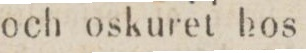
och oskuret hos